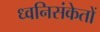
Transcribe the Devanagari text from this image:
ध्वनिसंकेतों